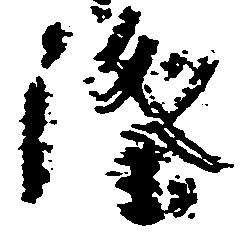
隆